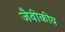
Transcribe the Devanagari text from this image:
जैवीकीय